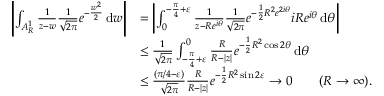
\begin{array} { r l } { \left| \int _ { A _ { R } ^ { 1 } } \frac { 1 } { z - w } \frac { 1 } { \sqrt { 2 \pi } } e ^ { - \frac { w ^ { 2 } } { 2 } } \, \mathrm { d } w \right| } & { = \left| \int _ { 0 } ^ { - \frac { \pi } { 4 } + \varepsilon } \frac { 1 } { z - R e ^ { i \theta } } \frac { 1 } { \sqrt { 2 \pi } } e ^ { - \frac { 1 } { 2 } R ^ { 2 } e ^ { 2 i \theta } } i R e ^ { i \theta } \, \mathrm { d } \theta \right| } \\ & { \le \frac { 1 } { \sqrt { 2 \pi } } \int _ { - \frac { \pi } { 4 } + \varepsilon } ^ { 0 } \frac { R } { R - | z | } e ^ { - \frac { 1 } { 2 } R ^ { 2 } \cos 2 \theta } \, \mathrm { d } \theta } \\ & { \le \frac { ( \pi / 4 - \varepsilon ) } { \sqrt { 2 \pi } } \frac { R } { R - | z | } e ^ { - \frac { 1 } { 2 } R ^ { 2 } \sin 2 \varepsilon } \to 0 \qquad ( R \to \infty ) . } \end{array}